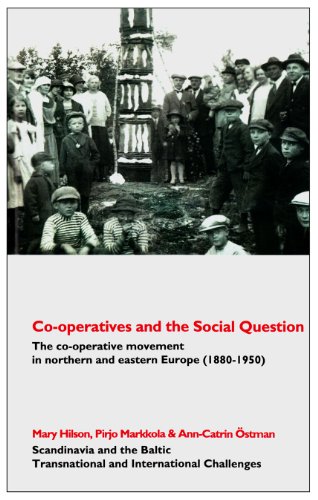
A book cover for Co-operatives and the Social Question: The co-operative movement in northern and eastern Europe, c. 1880-1950 (Scandinavia and the Baltic - Transnational and International Challenges); History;